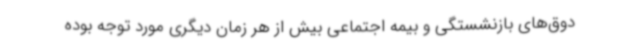
دوق‌های بازنشستگی و بیمه اجتماعی بیش از هر زمان دیگری مورد توجه بوده